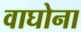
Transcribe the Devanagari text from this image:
वाघोना